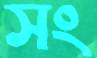
সং